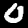
Label: 0